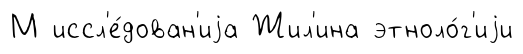
М иссл'е́дован'иjа Жил'ина этноло́г'иjи